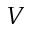
V